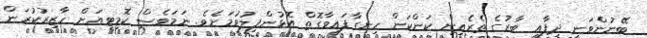
ބޭނުންވަނީ ދިފާއީ ބާރުގެ ތެރެއިން ކަންކަން ހިނގާފައިވާގޮތް އޮޅުންފިލުވުމަށެވެ. ނަމަވެސް ކޮމިޓީއަށް ހާޒިރުކުރަން